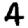
Digit: 4